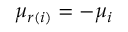
\mu _ { r ( i ) } = - \mu _ { i }